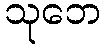
သုဘေ